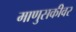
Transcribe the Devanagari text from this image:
माणुसकीवर